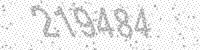
Solution: 219484